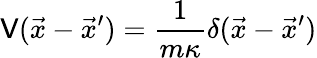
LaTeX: \mathsf{V}(\vec{{x}}-\vec{{x}}^{\prime})={\frac{{1}}{{m\kappa}}}\delta(\vec{{x}}-\vec{{x}}^{\prime})